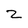
Character: Z